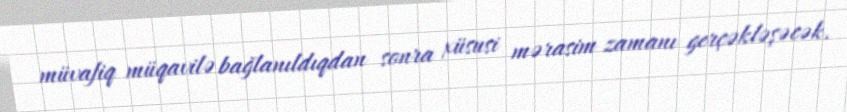
müvafiq müqavilə bağlanıldıqdan sonra xüsusi mərasim zamanı gerçəkləşəcək.